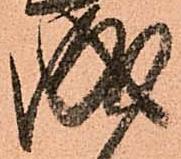
成